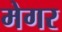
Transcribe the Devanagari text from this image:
मेगर